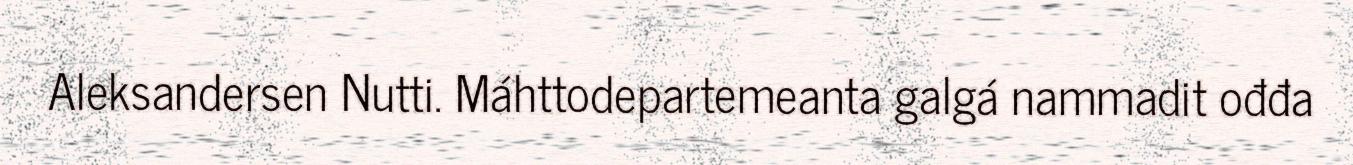
Aleksandersen Nutti. Máhttodepartemeanta galgá nammadit ođđa